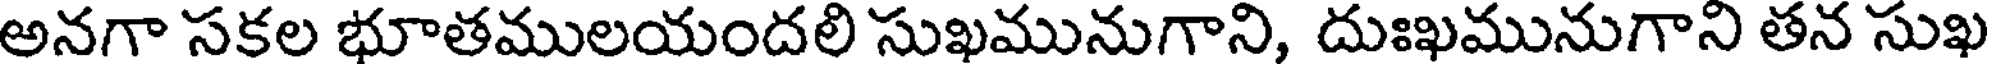
అనగా సకల భూతములయందలి సుఖమునుగాని, దుఃఖమునుగాని తన సుఖ